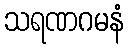
သရဏဂမနံ